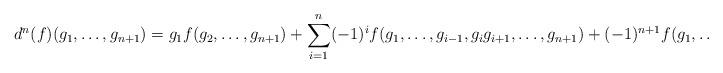
LaTeX: \begin{align*}d^n(f)(g_1,\ldots, g_{n+1})= g_1f(g_2,\ldots, g_{n+1})+ \sum_{i=1}^{n}(-1)^{i} f(g_1,\ldots, g_{i-1}, g_ig_{i+1}, \ldots, g_{n+1})+ (-1)^{n+1} f(g_1,\ldots, g_n).\end{align*}